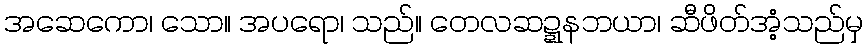
အဆေကော၊ သော။ အပရော၊ သည်။ တေလဆဍ္ဍနဘယာ၊ ဆီဖိတ်အံ့သည်မှ